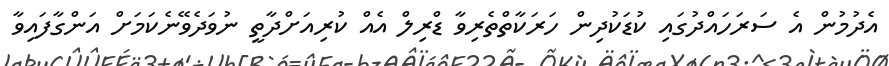
އެދުމުން އެ ސަރަހައްދުގައި ކުޑަކުދިން ހަރަކާތްތެރިވާ ޑްރިލް އެއް ކުރިއަށްދާތީ ނުވަދެވޭނެކަމަށް އަންގާފައިވާ